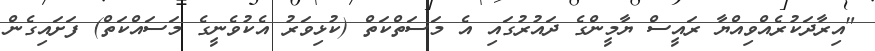
"އިރާދަކުރެއްވިއްޔާ ރައީސް ޔާމީންގެ ދައުރުގައި އެ މަސަތްކަތް (ކުޅިވަރު އެކުވެނީގެ މަސައްކަތް) ފަށައިގެން